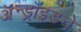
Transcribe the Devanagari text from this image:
ॲन्ड्रॉइडचे